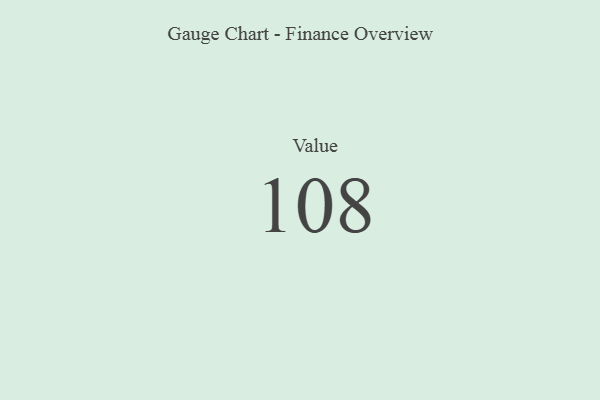
{"axis": {"x": "Metric", "y": "Value"}, "legend": [""], "data": [{"x": "Value", "y": 108, "type": ""}]}